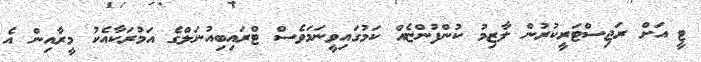
ޓީ އަށް ރަޖިސްޓަރީކުރުން ލާޒިމު ކުންފުންޏެއް ކަމުގައިވީނަމަވެސް ޓްރައިބިއުނަލްގެ އަމުރަކާއެކު މީރާއިން އެ